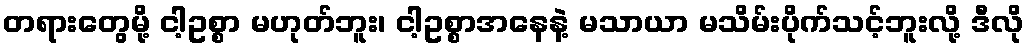
တရားတွေမို့ ငါ့ဥစ္စာ မဟုတ်ဘူး၊ ငါ့ဥစ္စာအနေနဲ့ မသာယာ မသိမ်းပိုက်သင့်ဘူးလို့ ဒီလို